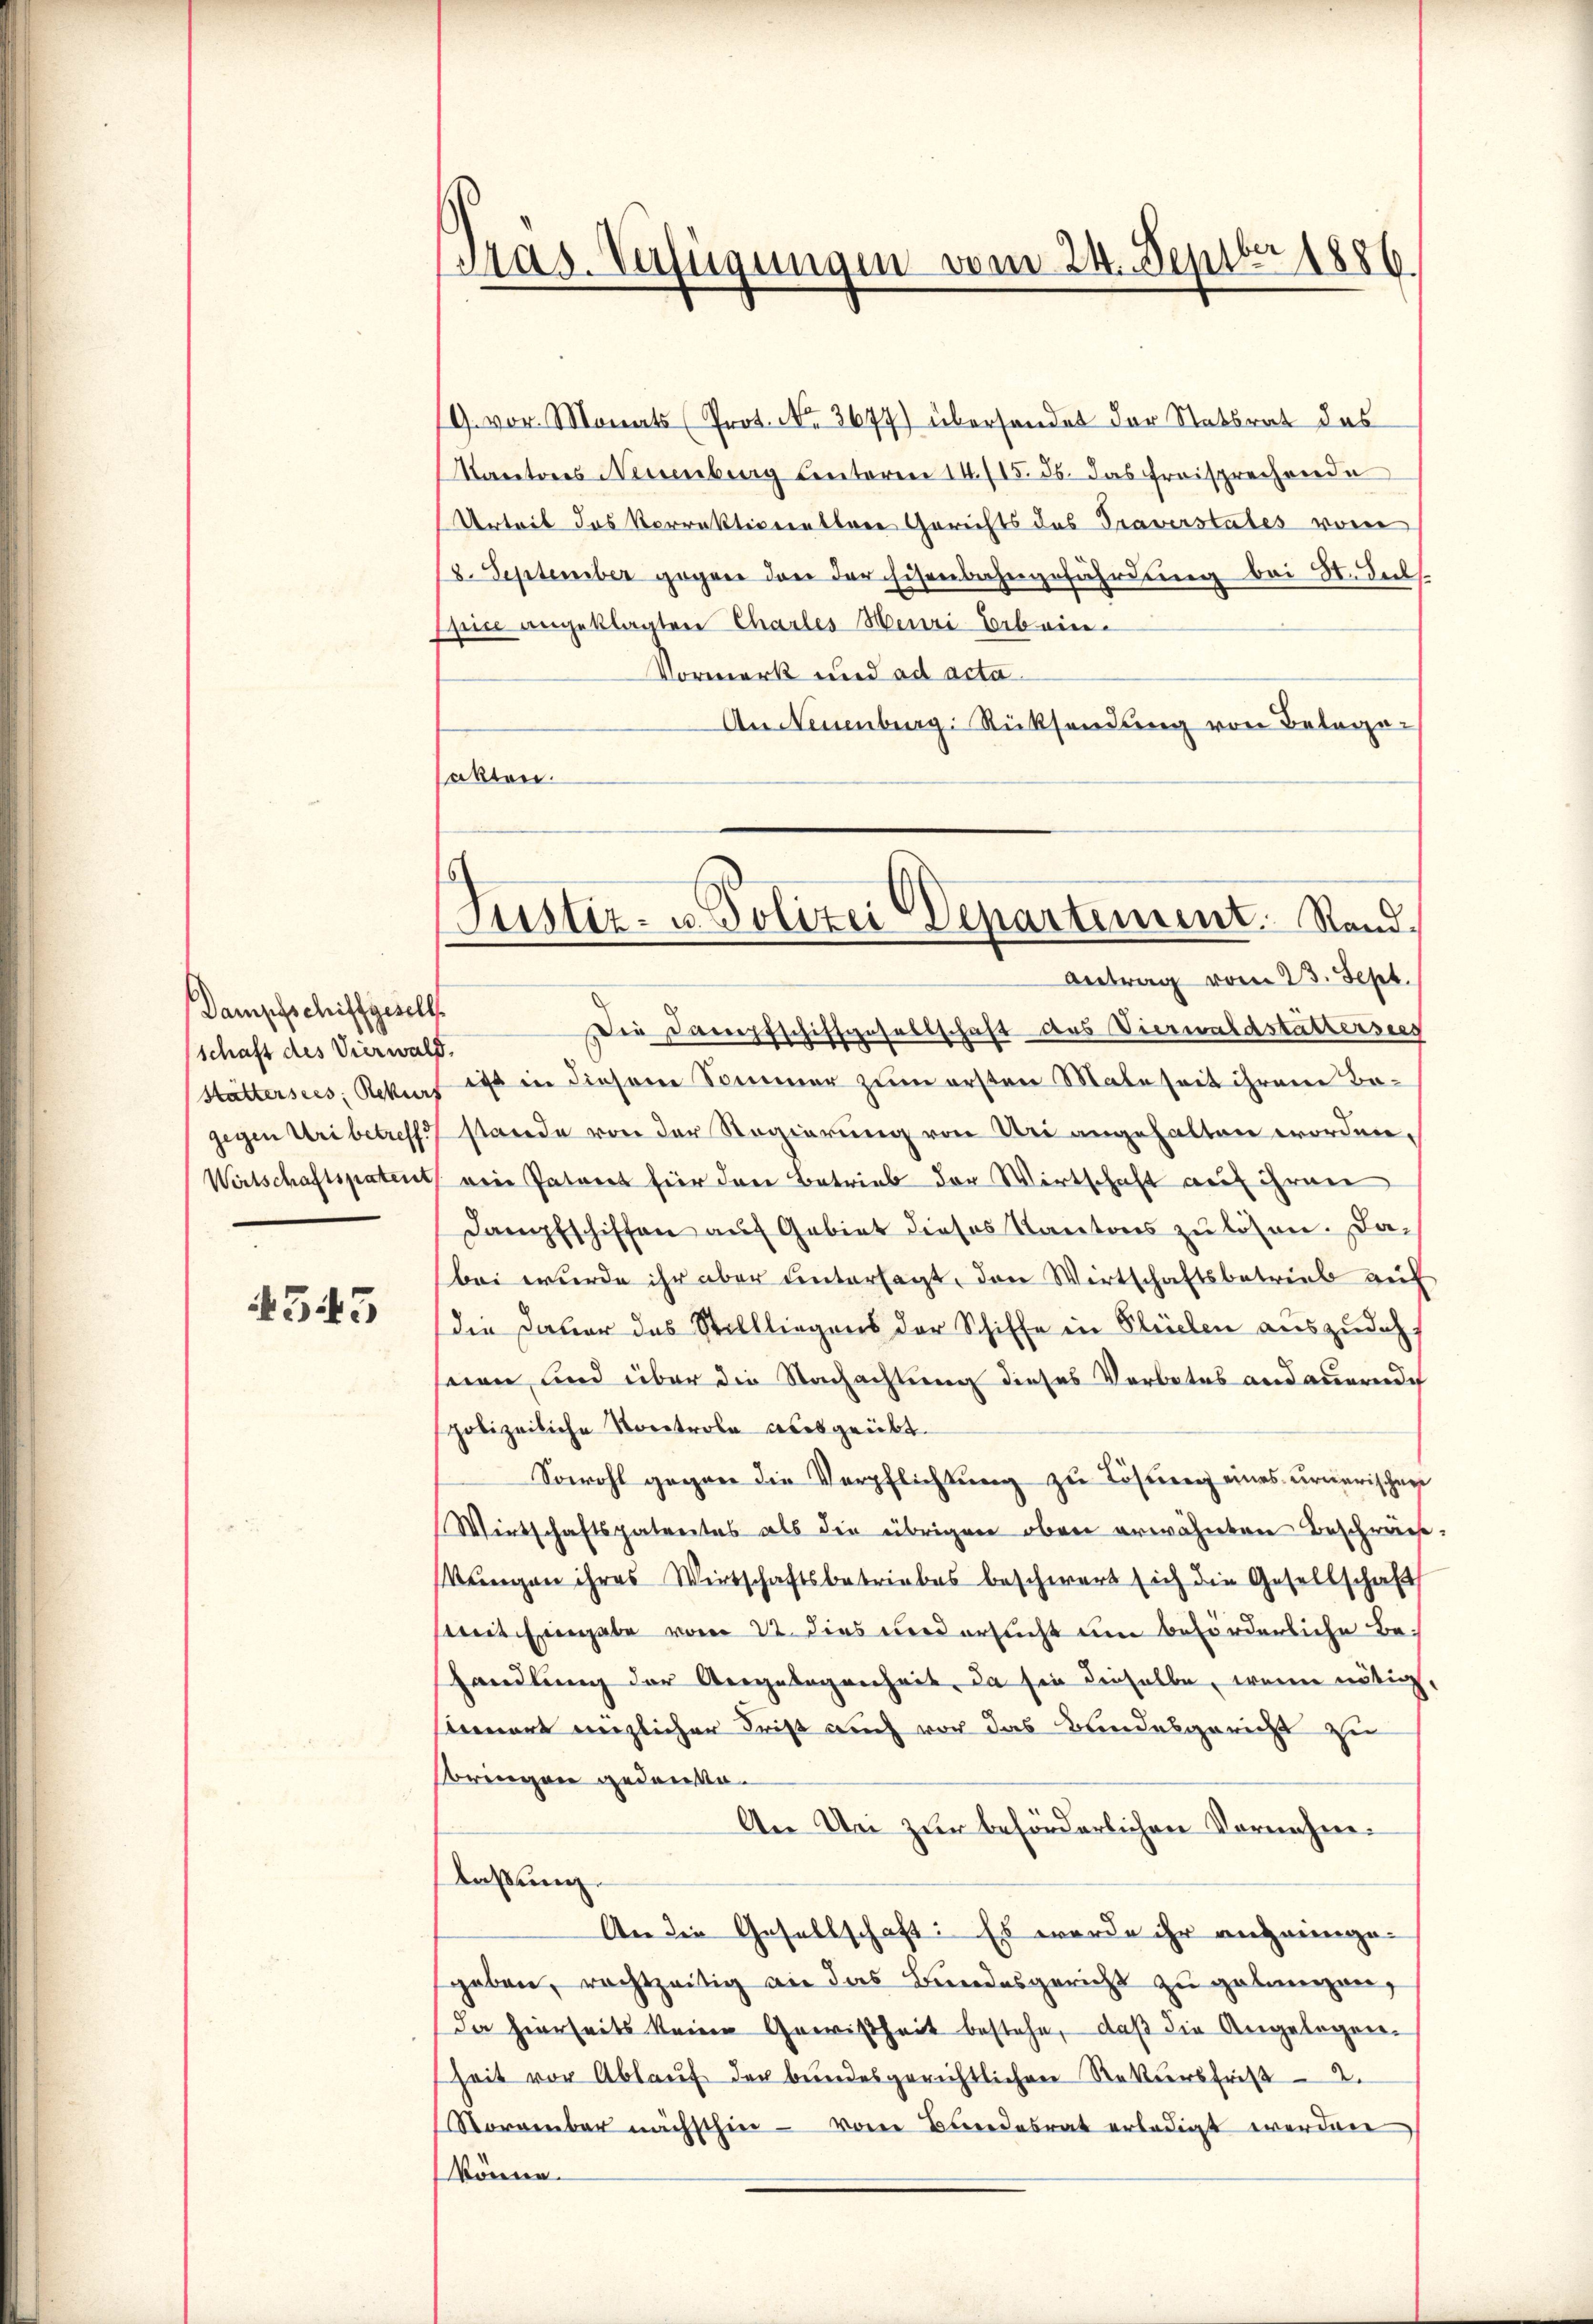
Dampfschiffgesells
schaft des Vierwald.

4545

Antrag vom 23. Sept.
Die Dampfschiffgesellschaft des Vierwaldstättersees
Hättersees, Rekurs ist in diesem Sommer zum ersten Male seit ihrem Be-
gegen Uri betreff stande von der Regierung von Uri angehalten worden.
Wertschaftspatent von Patent für den Betrieb der Wirtschaft auf ihren
Dampfschiffen auf Gebiet dieses Kantons zu lösen. Dabei wurde ihr aber untersagt, den Wirtschaftsbetrieb auf
die Dauer das Stillliegens der Schiffe in Flüelen auszudeh
seien, und über die Nachachtung dieses Verbotes andauereich
spolizeiliche Kontrole ausgeübt.
Sowohl gegen die Verpflichtŭng zu Lösung eines urnerischen
Wirtschaftspatentes als die übrigen oben erwähnten Beschräche:
kungen ihres Wirtschaftsbetriebes beschwert sich die Gesellschaft
mit Eingabe vom 22. dies wird ersucht um beförderliche Behandlung der Aergelegenheit, da sie dieselbe, wenn nötig,
benart enzlicher Frist auch vor das Bundesgericht zu
sringen gedanke.
An Uri zur beförderlichen Vornehme.
laßung.
An die Gesellschaft: Es werde ihr anzeigegeben, rechtzeitig an das Bundesgericht zu gebungen,
Da hierseits keine Gewißheit bestehe, daß die Angelegenheit vor Ablauf der bundesgerichtlichen Rekursfrist - 2.
November nächsthier - von Bundesrat erledigt werden
könne.

mas. Verfügungen vom 24. Septbr 1886.

G. vor. Monats (Prot. No. 3677) übersendet der Statsrat des
antones Neuenburg Centoren 14/15. ds. das freisprechende
Urteit des Vorrektionettere Gerichts des Traverstates vom
18. September gegen den der Eisenbahngefährdung bei St. Dec.
shin angeklagten Chartes Henri Erbein¬
Vormerk und ad acta
An Neuenburg. Rücksendung von Belage-
sakten.

Justiz- u. Polizei Departement. Stand,